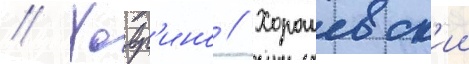
// Ховр'ино // Хорошевск'ии